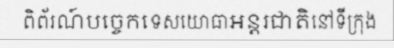
ពិព័រណ៍បច្ចេកទេសយោធាអន្តរជាតិនៅទីក្រុង